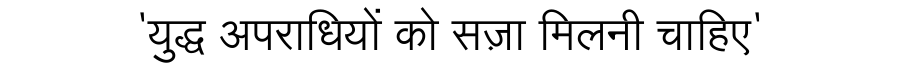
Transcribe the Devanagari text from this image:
'युद्ध अपराधियों को सज़ा मिलनी चाहिए'